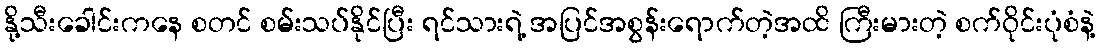
နို့သီးခေါင်းကနေ စတင် စမ်းသပ်နိုင်ပြီး ရင်သားရဲ့ အပြင်အစွန်းရောက်တဲ့အထိ ကြီးမားတဲ့ စက်ဝိုင်းပုံစံနဲ့